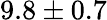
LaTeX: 9.8\pm 0.7